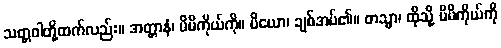
သတ္တဝါတို့ထက်လည်း။ အတ္တာနံ၊ မိမိကိုယ်ကို။ ပိယော၊ ချစ်အပ်၏။ တသ္မာ၊ ထိုသို့ မိမိကိုယ်ကို